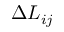
\Delta L _ { i j }